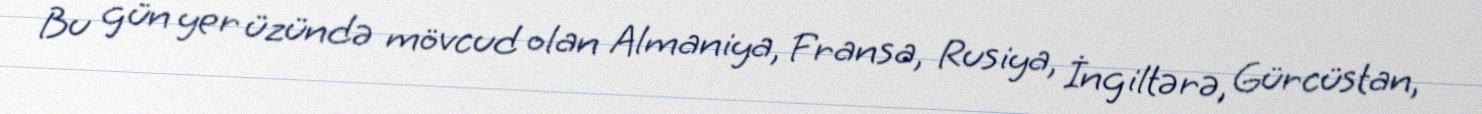
Bu gün yer üzündə mövcud olan Almaniya, Fransa, Rusiya, İngiltərə, Gürcüstan,